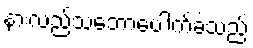
နားလည်သဘောပေါက်ခဲ့သည်